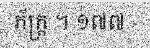
ភ័ក្ត្រ ។ ១៧៧ -